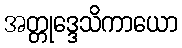
အတ္တုဒ္ဒေသိကာယော